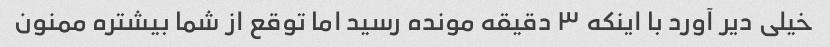
خیلی دیر آورد با اینکه ۳ دقیقه مونده رسید اما توقع از شما بیشتره ممنون